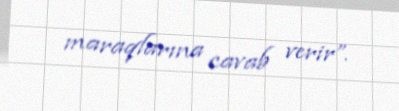
maraqlarına cavab verir”.